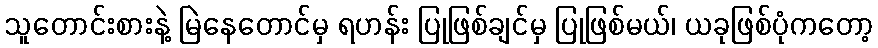
သူတောင်းစားနဲ့ မြဲနေတောင်မှ ရဟန်း ပြုဖြစ်ချင်မှ ပြုဖြစ်မယ်၊ ယခုဖြစ်ပုံကတော့